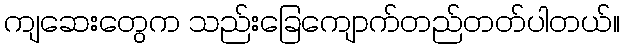
ကျဆေးတွေက သည်းခြေကျောက်တည်တတ်ပါတယ်။